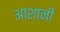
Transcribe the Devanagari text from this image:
आशानी